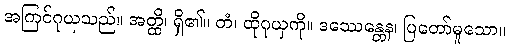
အကြင်ဂုယှသည်။ အတ္ထိ၊ ရှိ၏။ တံ၊ ထိုဂုယှကို။ ဒဿေန္တေန၊ ပြတော်မူသော။